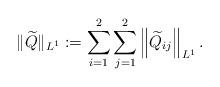
LaTeX: \begin{align*}\|\widetilde{Q}\|_{L^1}:=\sum_{i=1}^2\sum_{j=1}^2\left\|\widetilde{Q}_{i j}\right\|_{L^1}.\end{align*}